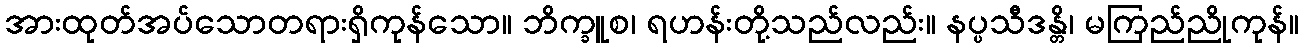
အားထုတ်အပ်သောတရားရှိကုန်သော။ ဘိက္ခူစ၊ ရဟန်းတို့သည်လည်း။ နပ္ပသီဒန္တိ၊ မကြည်ညိုကုန်။